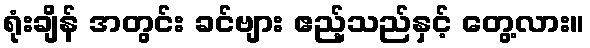
ရုံးချိန် အတွင်း ခင်ဗျား ဧည့်သည်နှင့် တွေ့လား။